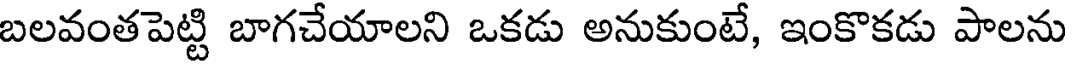
బలవంతపెట్టి బాగచేయాలని ఒకడు అనుకుంటే, ఇంకొకడు పాలను